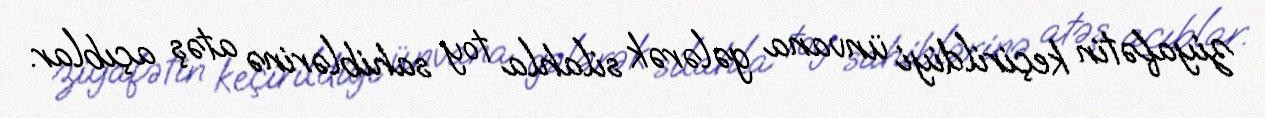
ziyafətin keçirildiyi ünvana gələrək silahla toy sahiblərinə atəş açıblar.